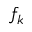
f _ { k }